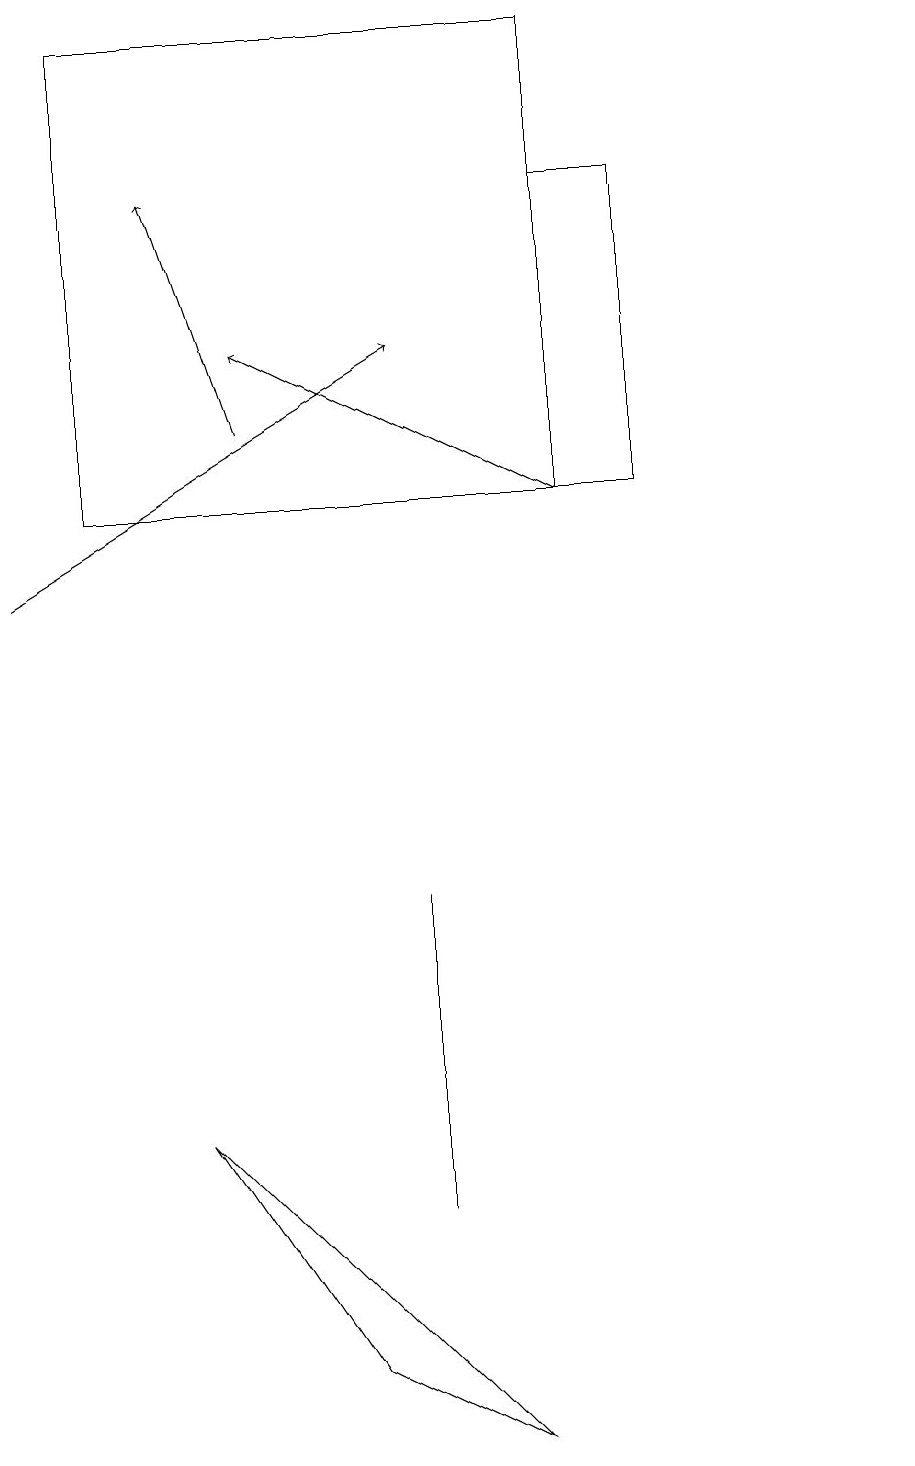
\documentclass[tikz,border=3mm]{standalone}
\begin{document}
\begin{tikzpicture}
\draw (2,5) -- (6,1) -- (4,2) -- cycle;
\draw (5,5) -- (5,4) -- (5,8) -- cycle;
\draw (8,17) rectangle (7,13);
\draw[->] (7,13) -- (3,15);
\draw (1,19) rectangle (7,13);
\draw (11,12) circle (0);
\draw[->] (0,12) -- (5,15);
\draw[->] (3,14) -- (2,17);
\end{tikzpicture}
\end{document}